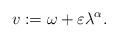
\begin{align*}\ v := \omega + \varepsilon \lambda^\alpha. \end{align*}